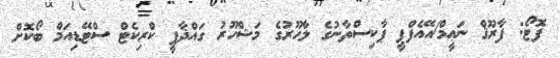
ފޮޓޯ: ފާރޫޤް ނަޢީމް/އޭއެފްޕީ ޕާކިސްތާނުގެ ލާހޫރުގެ މަޝްހޫރު ގައްޛާފީ ކްރިކެޓް ސްޓޭޑިއަމް ބޯކޮށް